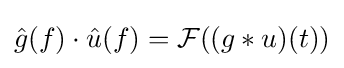
{\hat {g}}(f)\cdot {\hat {u}}(f)={\mathcal {F}}((g*u)(t))